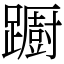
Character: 𨆼